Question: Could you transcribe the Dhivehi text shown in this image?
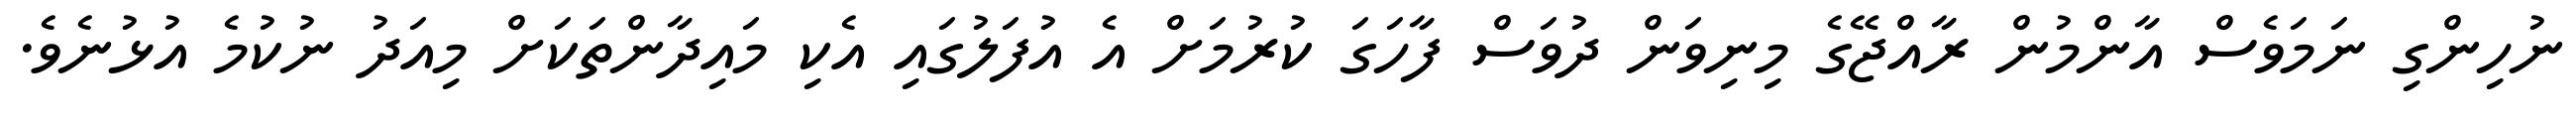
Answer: ނުހިންގި ނަމަވެސް އާންމުން ރާއްޖޭގެ މިނިވަން ދުވަސް ފާހަގަ ކުރުމަށް އެ އުފަލުގައި އެކި މައިދާންތަކަށް މިއަދު ނުކުމެ އުޅުނެވެ.